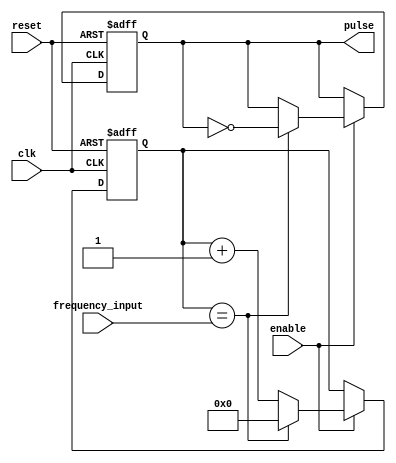
module Variable_Frequency_Pulse_Generator (
    input wire clk,
    input wire reset,
    input wire enable,
    input wire [7:0] frequency_input,
    output wire pulse
);

reg [7:0] counter;
reg pulse_reg;

always @(posedge clk or posedge reset) begin
    if (reset) begin
        counter <= 8'b0;
        pulse_reg <= 1'b0;
    end else if (enable) begin
        if (counter == frequency_input) begin
            counter <= 8'b0;
            pulse_reg <= ~pulse_reg;
        end else begin
            counter <= counter + 1;
        end
    end
end

assign pulse = pulse_reg;

endmodule